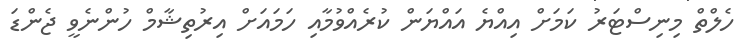
ހެލްތް މިނިސްޓަރު ކަމަށް އިއްޔެ އައްޔަން ކުރެއްވުމާއި ހަމައަށް އިރުތިޝާމް ހުންނެވީ ޖެންޑަ